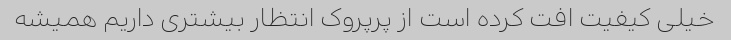
خیلی کیفیت افت کرده است از پرپروک انتظار بیشتری داریم همیشه